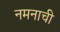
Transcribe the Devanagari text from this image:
नमनाची